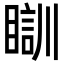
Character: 瞓